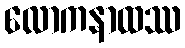
လောကနာထဿ